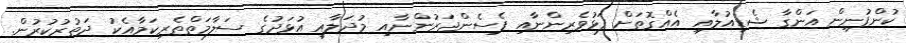
ކުންފުނިން އަންގާ ޝެޑިއުލާއި އެއްގޮތަށް ފަޅުވެރިންނާއި ޕެސެންޖަރުންނާއި މުދަލާއި އުޅަދުގެ ސަލާމަތްތެރިކަމާއެކު ދަތުރުކުރުން.